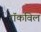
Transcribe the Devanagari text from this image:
रॉकविल